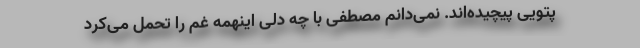
پتویی پیچیده‌اند. نمی‌دانم مصطفی با چه دلی اینهمه غم را تحمل می‌کرد